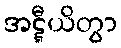
အဋ္ဋီယိတွာ